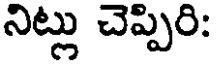
నిట్లు చెప్పిరి: